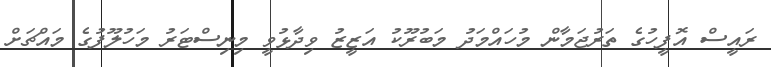
ރައީސް އޮފީހުގެ ތަރުޖަމާން މުހައްމަދު މަބުރޫކު އަޒީޒު ވިދާޅުވީ މިނިސްޓަރު މަހުލޫފުގެ މައްޗަށް